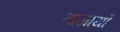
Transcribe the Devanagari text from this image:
ताजायों